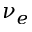
\nu _ { e }